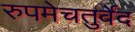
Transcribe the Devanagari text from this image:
रुपमेचतुर्वेद